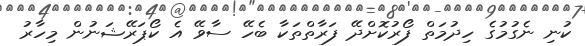
ކުނި ނެގުމުގެ ހިދުމަތް ފޯރުކޮށްދޭ ފަރާތްތަކާ ބެހޭ ސާވޭ އެ ކޯޕަރޭޝަނުން މިހާރު